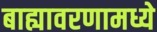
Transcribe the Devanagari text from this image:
बाह्यावरणामध्ये